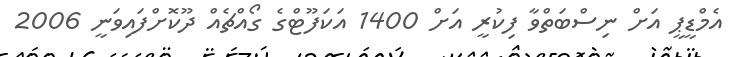
އެމްޑީޕީ އަށް ނިސްބަތްވާ ފިކުރީ އަށް 1400 އަކަފޫޓްގެ ގޯއްޗެއް ދޫކޮށްފައިވަނީ 2006